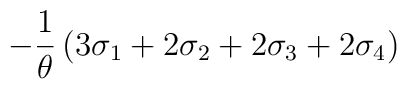
-\frac{1}{\theta}\left(3\sigma_1+2\sigma_2+2\sigma_3+2\sigma_4\right)